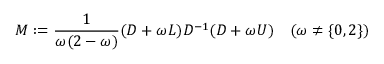
M : = { \frac { 1 } { \omega ( 2 - \omega ) } } ( D + \omega L ) D ^ { - 1 } ( D + \omega U ) \quad ( \omega \neq \{ 0 , 2 \} )